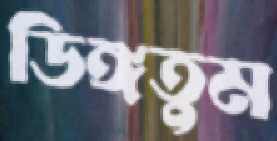
ডিঙ্গতুম